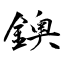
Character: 鐭